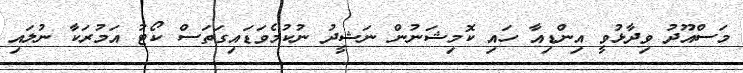
މަސްއޫދު ވިދާޅުވީ އިންޑިއާ ހައި ކޮމިޝަނުން ނަޝީދު ނުކުމެވަޑައިގަތަސް ކޯޓު އަމުރަކާ ނުލައި